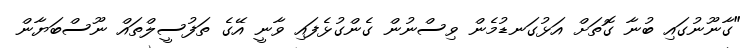
"ގާނޫނުގައި ބުނާ ގޮތަށް އަޅުގަނޑުމެން ވިސްނުން ގެންގުޅެފައި ވާނީ އޭގެ ތަފުސީލްތައް ނޫސްބަޔާން